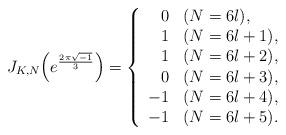
LaTeX: \begin{align*} J_{K,N}\Bigl( e^{\frac{2\pi \sqrt{-1}}{3}} \Bigr) = \left \{ \begin{array}{rl} 0 & (N=6l), \\ 1 & (N=6l+1), \\ 1 & (N=6l+2), \\ 0 & (N=6l+3), \\ -1 & (N=6l+4), \\ -1 & (N=6l+5). \end{array} \right. \end{align*}